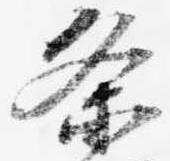
条